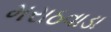
મરાઠવાડા